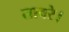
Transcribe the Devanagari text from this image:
तावरे।